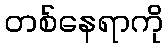
တစ်နေရာကို